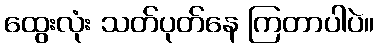
ထွေးလုံး သတ်ပုတ်နေ ကြတာပါပဲ။